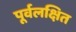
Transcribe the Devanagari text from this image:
पूर्वलक्षित